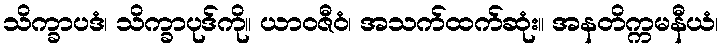
သိက္ခာပဒံ၊ သိက္ခာပုဒ်ကို။ ယာဝဇီဝံ၊ အသက်ထက်ဆုံး။ အနတိက္ကမနီယံ၊